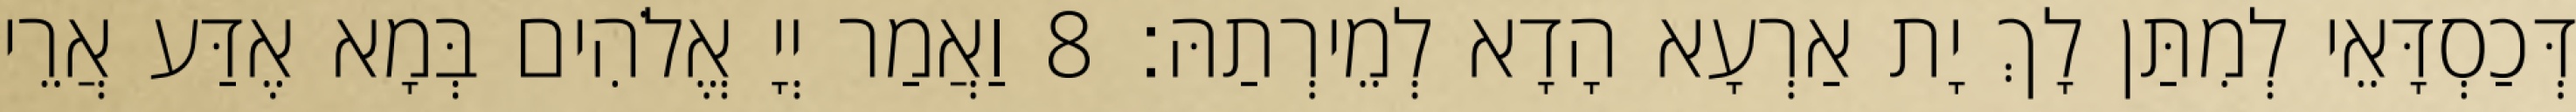
דְּכַסְדָּאֵי לְמִתַּן לָךְ יָת אַרְעָא הָדָא לְמֵירְתַהּ׃ 8 וַאֲמַר יְיָ אֱלֹהִים בְּמָא אֶדַּע אֲרֵי